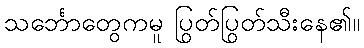
သင်္ဘောတွေကမူ ပြွတ်ပြွတ်သီးနေ၏။